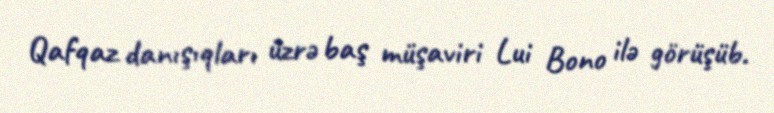
Qafqaz danışıqları üzrə baş müşaviri Lui Bono ilə görüşüb.